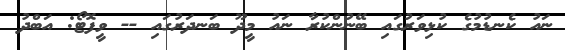
ނައު ކެނޑުމުގެ ކުޅިވަރުގައި ބޭނުންކުރާ ނައު މީދޫ ބަނދަރުގައި -- ވީފޮޓޯ: އަބްދު